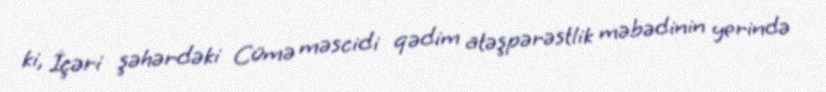
ki, İçəri şəhərdəki Cümə məscidi qədim atəşpərəstlik məbədinin yerində